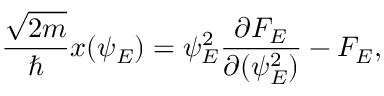
{ \frac { \sqrt { 2 m } } { \hbar } } x ( \psi _ { E } ) = { \psi _ { E } ^ { 2 } } { \frac { \partial { \cal F } _ { E } } { \partial ( \psi _ { E } ^ { 2 } ) } } - { \cal F } _ { E } ,